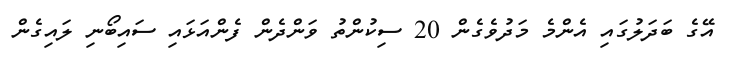
އޭގެ ބަދަލުގައި އެންމެ މަދުވެގެން 20 ސިކުންތު ވަންދެން ފެންއަޅައި ސައިބޯނި ލައިގެން